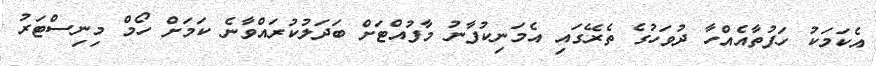
އެކަމަކު ހަފުތާއެއްހާ ދުވަހުގެ ތެރޭގައި އެމަނިކުފާނު މާފުއްޓަށް ބަދަލުކުރައްވާނެ ކަމަށް ހޯމް މިނިސްޓަރު